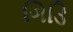
ગિડિ